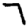
Digit: 7